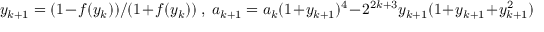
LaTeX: y _ { k + 1 } = ( 1 - f ( y _ { k } ) ) / ( 1 + f ( y _ { k } ) ) ~ , ~ a _ { k + 1 } = a _ { k } ( 1 + y _ { k + 1 } ) ^ { 4 } - 2 ^ { 2 k + 3 } y _ { k + 1 } ( 1 + y _ { k + 1 } + y _ { k + 1 } ^ { 2 } )